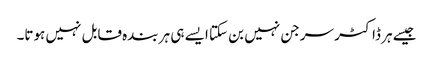
جیسے ہر ڈاکٹر سرجن نہیں بن سکتا ایسے ہی ہر بندہ قابل نہیں ہوتا۔